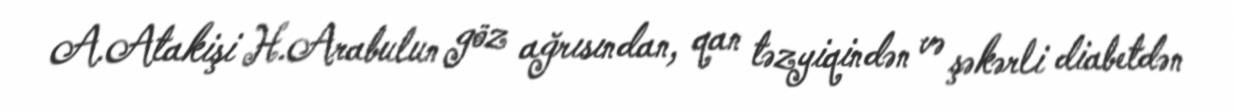
A.Atakişi H.Arabulun göz ağrısından, qan təzyiqindən və şəkərli diabetdən